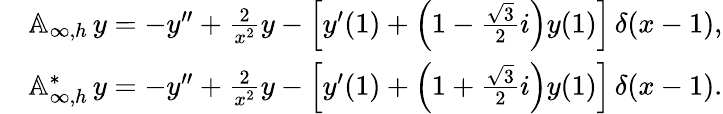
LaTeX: \begin{array}{rl}&{{\mathbb A}_{\infty,h}\, y=-y^{\prime\prime}+\frac{2}{x^{2}}y-\left[y^{\prime}(1)+\left(1-\frac{\sqrt{3}}{2}i\right)y(1)\right]\, \delta(x-1),}\\ &{{\mathbb A}_{\infty,h}^{*}\, y=-y^{\prime\prime}+\frac{2}{x^{2}}y-\left[y^{\prime}(1)+\left(1+\frac{\sqrt{3}}{2}i\right)y(1)\right]\, \delta(x-1).}\end{array}